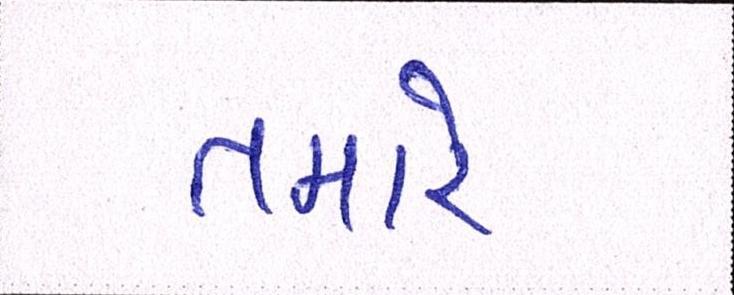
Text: તમારે